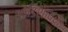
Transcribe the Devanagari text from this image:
ओडिशावर